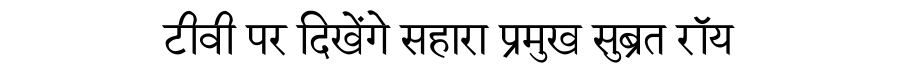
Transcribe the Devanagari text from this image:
टीवी पर दिखेंगे सहारा प्रमुख सुब्रत रॉय